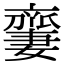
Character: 𠆜